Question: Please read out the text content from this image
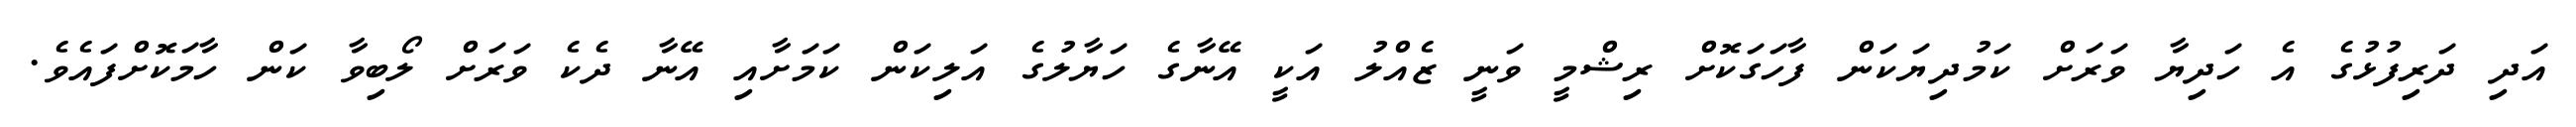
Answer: އަދި ދަރިފުޅުގެ އެ ހަދިޔާ ވަރަށް ކަމުދިޔަކަން ފާހަގަކޮށް ރިޝްމީ ވަނީ ޒެއްލު އަކީ އޭނާގެ ހަޔާލުގެ އަލިކަން ކަމަށާއި އޭނާ ދެކެ ވަރަށް ލޯބިވާ ކަން ހާމަކޮށްފައެވެ.